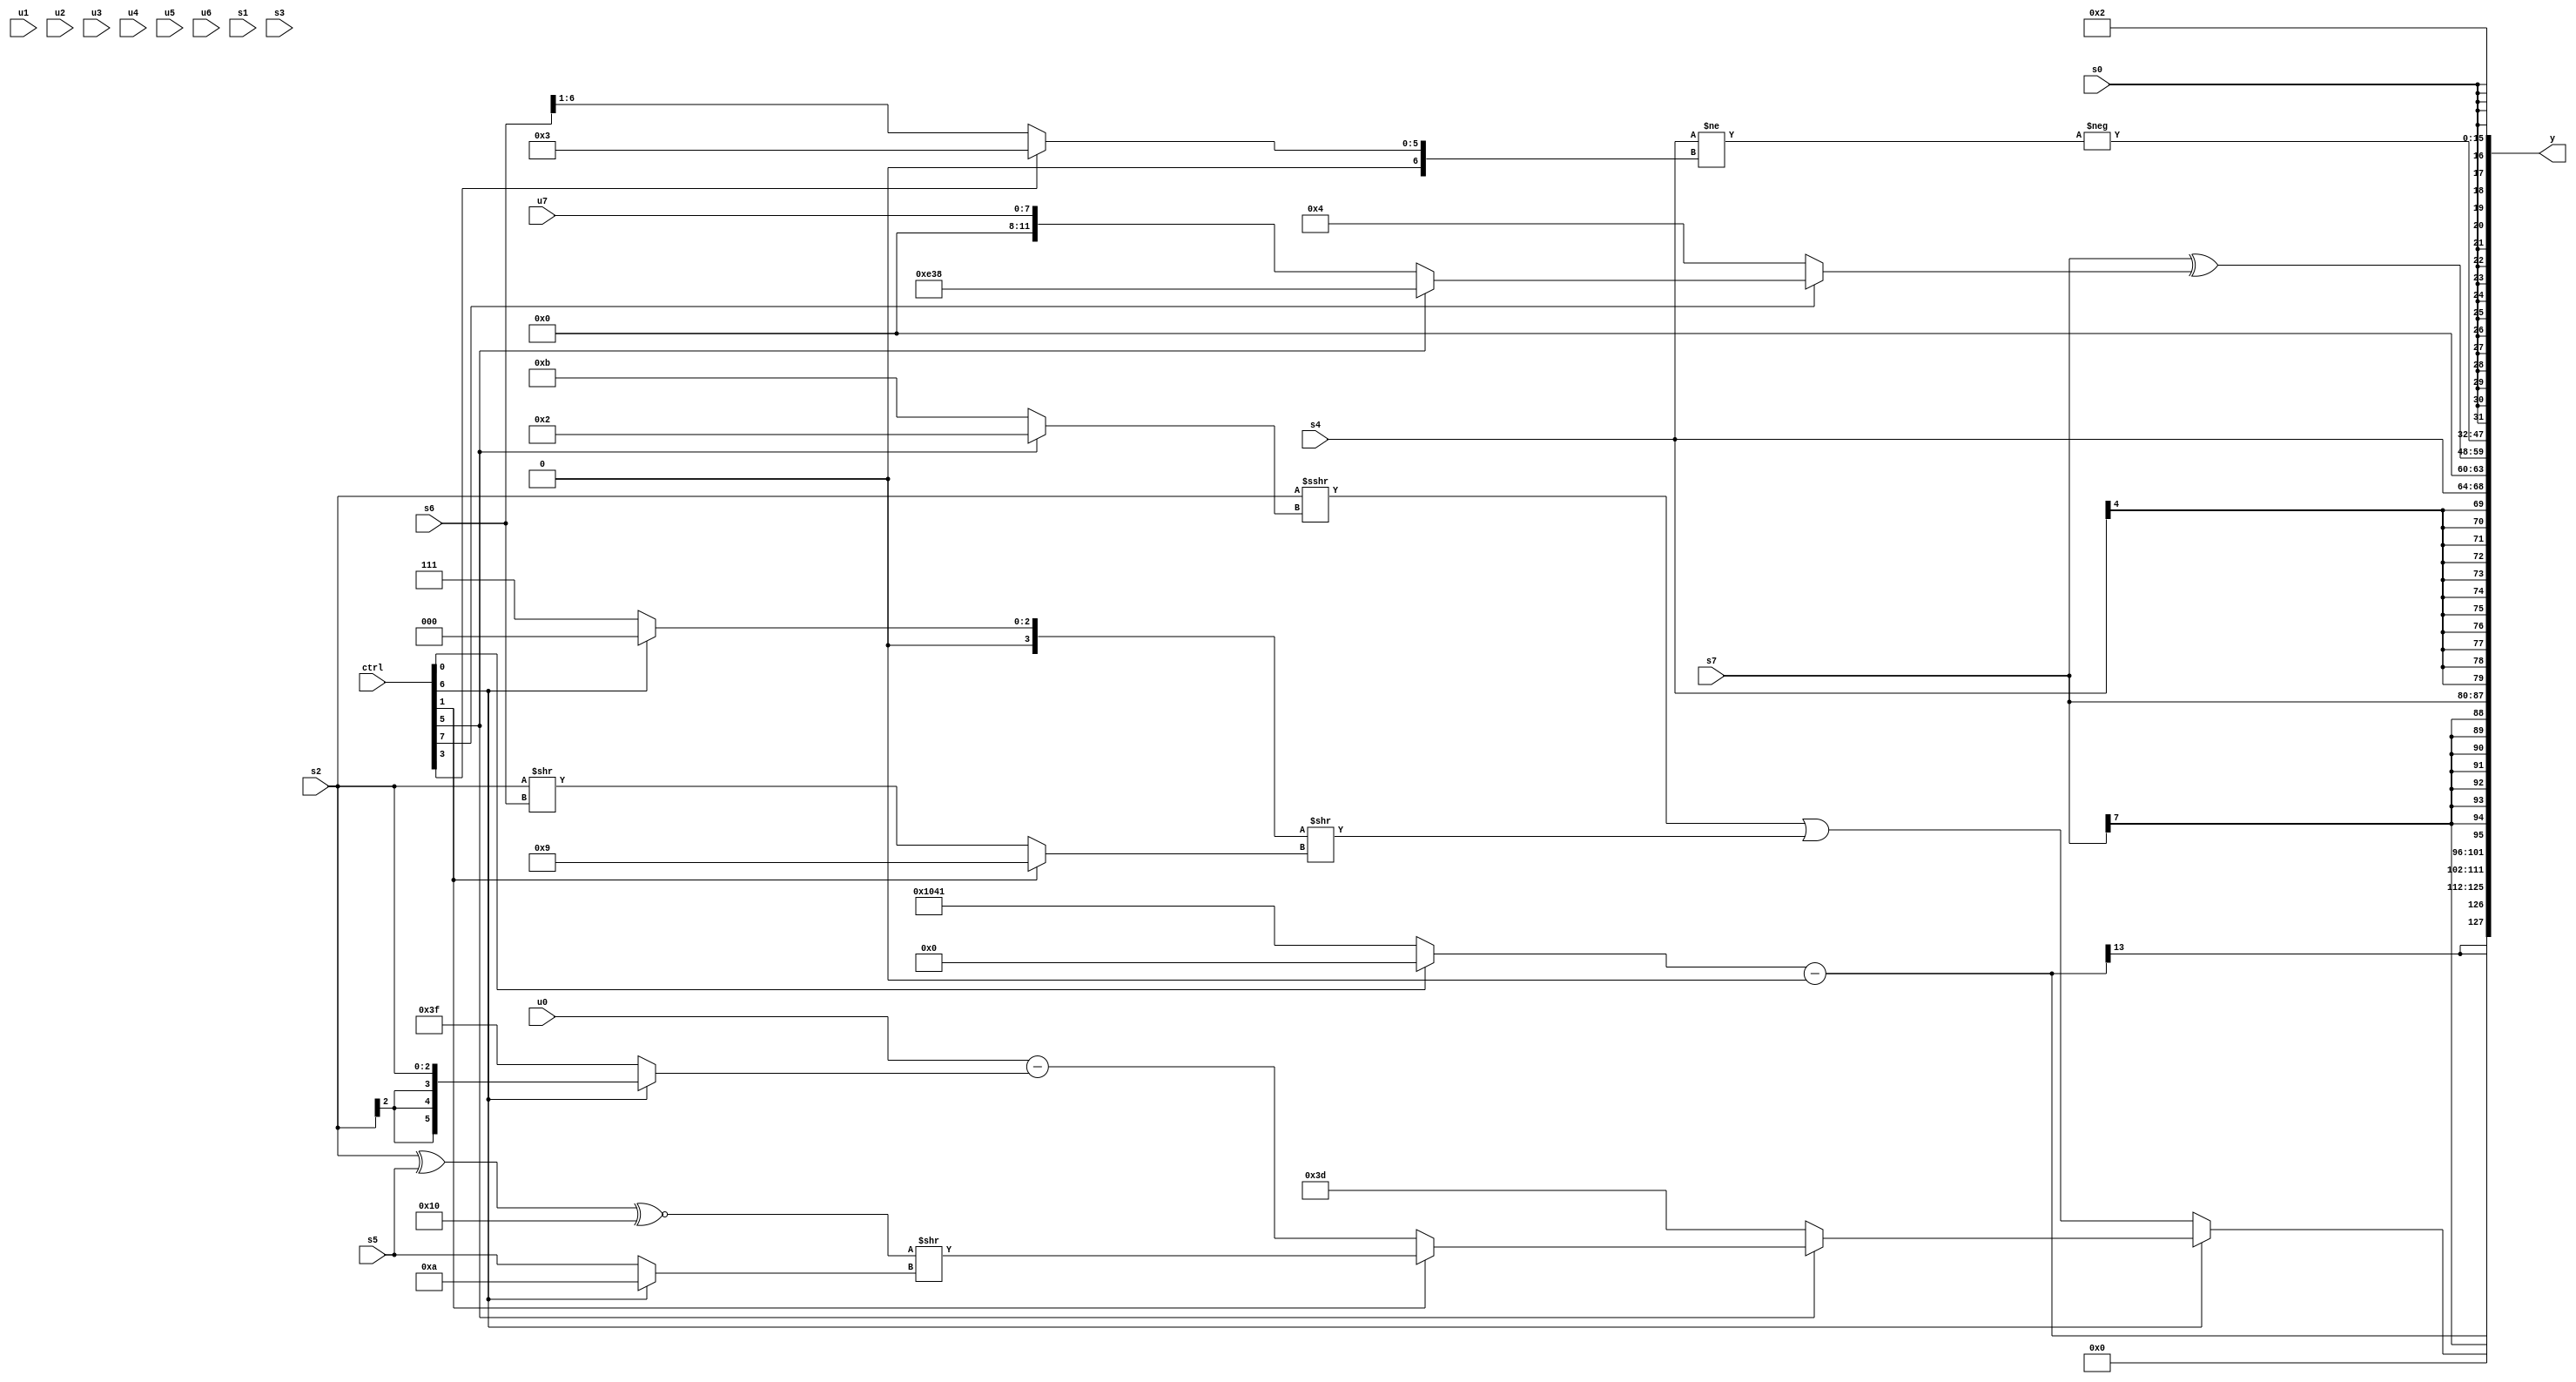
module wideexpr_00534(ctrl, u0, u1, u2, u3, u4, u5, u6, u7, s0, s1, s2, s3, s4, s5, s6, s7, y);
  input [7:0] ctrl;
  input [0:0] u0;
  input [1:0] u1;
  input [2:0] u2;
  input [3:0] u3;
  input [4:0] u4;
  input [5:0] u5;
  input [6:0] u6;
  input [7:0] u7;
  input signed [0:0] s0;
  input signed [1:0] s1;
  input signed [2:0] s2;
  input signed [3:0] s3;
  input signed [4:0] s4;
  input signed [5:0] s5;
  input signed [6:0] s6;
  input signed [7:0] s7;
  output [127:0] y;
  wire [15:0] y0;
  wire [15:0] y1;
  wire [15:0] y2;
  wire [15:0] y3;
  wire [15:0] y4;
  wire [15:0] y5;
  wire [15:0] y6;
  wire [15:0] y7;
  assign y = {y0,y1,y2,y3,y4,y5,y6,y7};
  assign y0 = ((ctrl[0]?{1{{1{$signed(1'sb0)}}}}:{3{((6'b111011)<<<(+($signed(((6'b111010)==(u4))&($unsigned(2'sb00))))))&(1'b1)}}))-({1{1'sb0}});
  assign y1 = {(ctrl[6]?(ctrl[5]?(ctrl[1]?(((s2)^(s5))^~($signed(6'sb010000)))>>($unsigned((ctrl[6]?4'b1010:s5))):($signed(u0))-((ctrl[6]?$signed(s2):(6'sb111110)-(1'sb1)))):3'sb101):+((($signed(s2))>>>((ctrl[5]?-(5'b11110):+(4'sb1011))))|(((ctrl[6]?2'sb00:$signed(4'sb0111)))>>((ctrl[1]?+(4'b1001):(s2)>>(s6))))))};
  assign y2 = s7;
  assign y3 = s4;
  assign y4 = (s7)^(+((ctrl[7]?(ctrl[5]?{2{6'sb111000}}:{1{u7}}):3'sb100)));
  assign y5 = -((s4)!=((ctrl[3]?4'sb0011:(s6)>>($signed(2'sb01)))));
  assign y6 = s0;
  assign y7 = 3'sb010;
endmodule